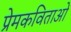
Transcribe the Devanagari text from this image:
प्रेमकविताओं